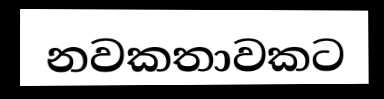
නවකතාවකට